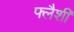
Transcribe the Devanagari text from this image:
फ्लैशी